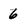
Character: 6